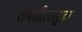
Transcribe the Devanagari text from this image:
तपशीलसुद्धा